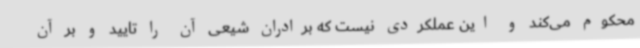
محکوم می‌کند و این عملکردی نیست که برادران شیعی آن را تایید و بر آن